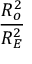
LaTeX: \frac { R _ { o } ^ { 2 } } { R _ { E } ^ { 2 } }